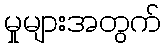
မှုများအတွက်